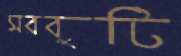
সরবুটি